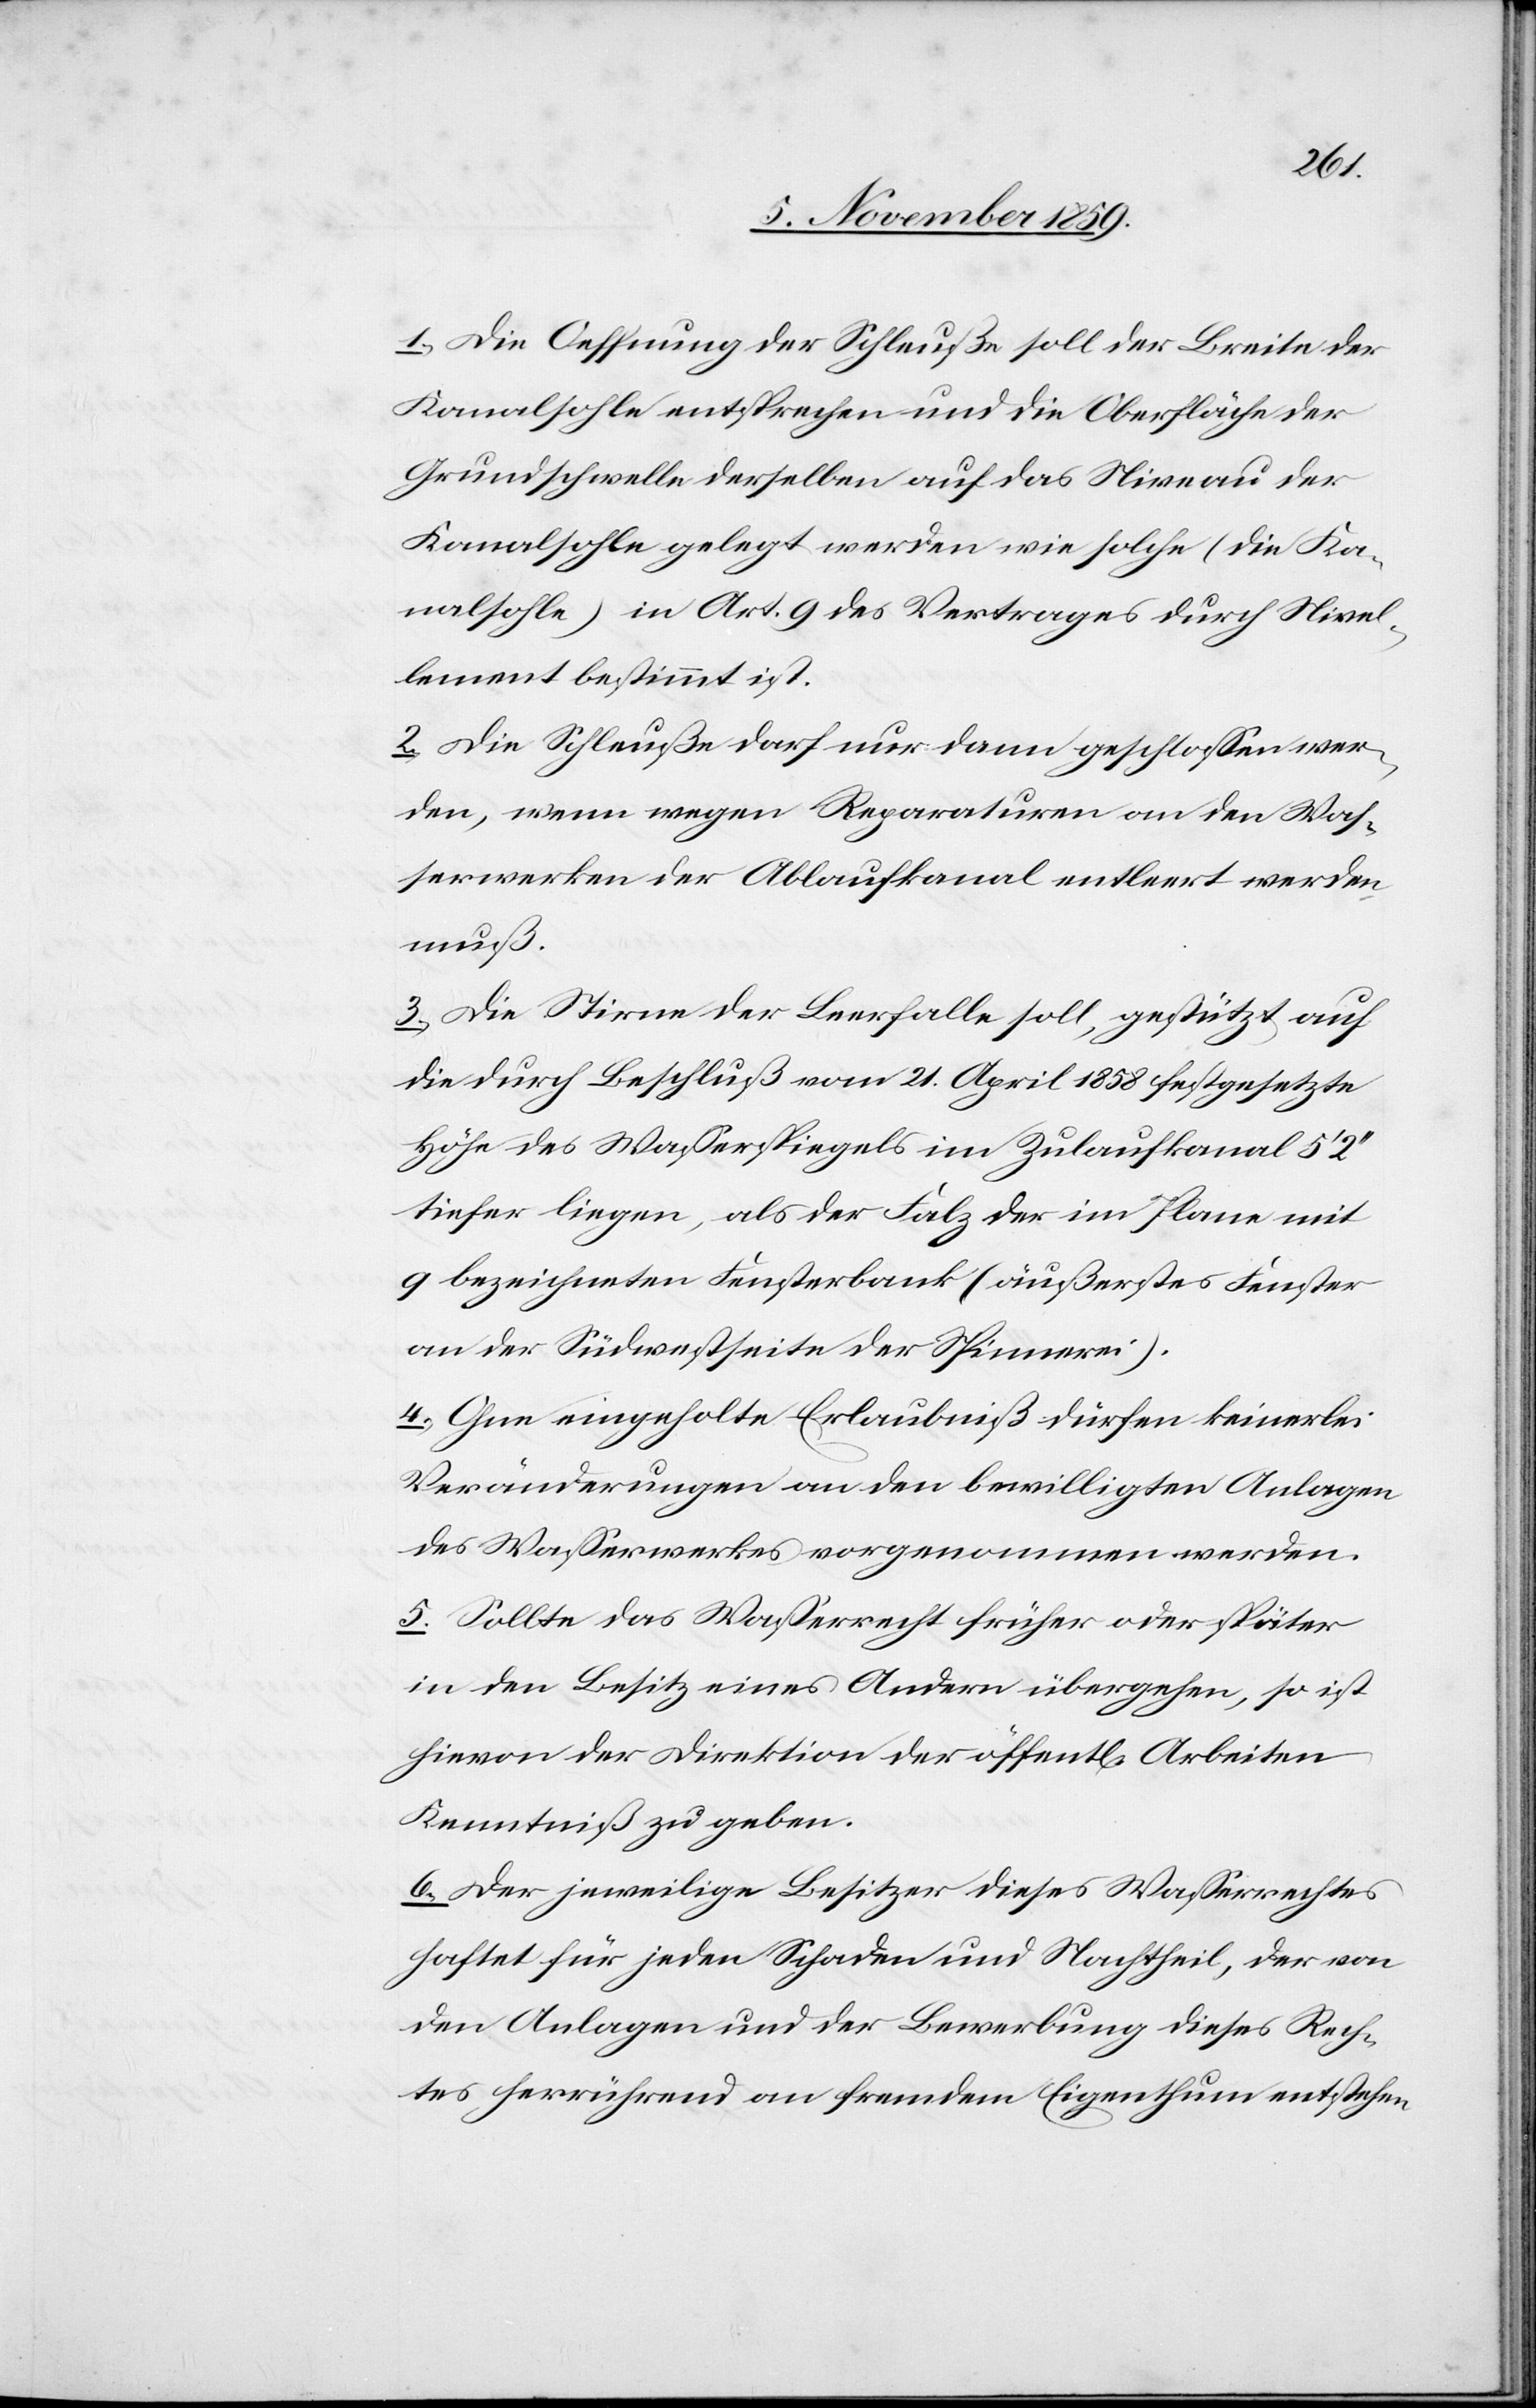
1. Die Oeffnung der Schleuße soll der Breite der
Kanalsohle entsprechen und die Oberfläche der
Grundschwelle derselben auf das Niveau der
Kanalsohle gelegt werden wie solche (die Ka¬
nalsohle) in Art. 9 des Vertrages durch Nivel¬
lement bestimmt ist.
2. Die Schleuße darf nur dann geschlossen wer¬
den, wenn wegen Reparaturen an den Was¬
serwerken der Ablaufkanal entleert werden
muß.
3. Die Stirne der Leerfalle soll, gestützt auf
die durch Beschluß vom 21. April 1858 festgesetzte
Höhe des Wasserspiegels im Zulaufkanal 5’2’’
tiefer liegen als der Falz der im Plane mit
q bezeichneten Fensterbank (äußerstes Fenster
an der Südseite der Spinnerei).
4. Ohne eingeholte Erlaubniß dürfen keinerlei
Veränderungen an den bewilligten Anlagen
des Wasserwerkes vorgenommen werden.
5. Sollte das Wasserrecht früher oder später
in den Besitz eines Andern übergehen, so ist
hievon der Direktion der öffentl[ichen] Arbeiten
Kenntniß zu geben.
6. Der jeweilige Besitzer dieses Wasserrechtes
haftet für jeden Schaden und Nachtheil, der von
den Anlagen und der Bewerbung dieses Rech¬
tes herrührend an fremdem Eigenthum entstehen